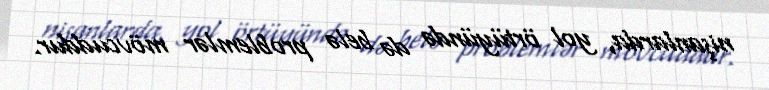
nişanlarda, yol örtüyündə də belə problemlər mövcuddur.